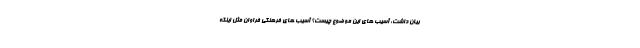
بیان داشت: آسیب های این موضوع چیست؟ آسیب های فرهنگی فراوان مثل اینکه